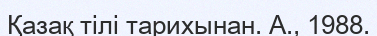
Қазақ тілі тарихынан. А., 1988.